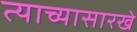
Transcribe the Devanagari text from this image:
त्याच्यासारखे